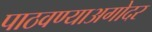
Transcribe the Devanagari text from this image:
पाठवण्याअगोदर